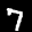
Label: 7